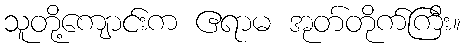
သူတို့ကျောင်းက ဧရာမ အုတ်တိုက်ကြီး။